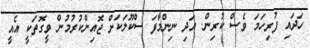
ހަދައި ފުރިހަމަ ވެސް ކުރިން. އަދި ނިންމާފަ ސްކޫލަކަށް ޖޮއިންކުރުމުން ވީގޮތަކީ އެއީ